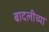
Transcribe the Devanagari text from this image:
बादलीच्या